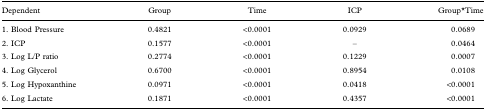
<table><thead><tr><td><b>Dependent</b></td><td><b>Group</b></td><td><b>Time</b></td><td><b>ICP</b></td><td><b>Group*Time</b></td></tr></thead><tbody><tr><td>1. Blood Pressure</td><td>0.4821</td><td>&lt;0.0001</td><td>0.0929</td><td>0.0689</td></tr><tr><td>2. ICP</td><td>0.1577</td><td>&lt;0.0001</td><td>–</td><td>0.0464</td></tr><tr><td>3. Log L/P ratio</td><td>0.2774</td><td>&lt;0.0001</td><td>0.1229</td><td>0.0007</td></tr><tr><td>4. Log Glycerol</td><td>0.6700</td><td>&lt;0.0001</td><td>0.8954</td><td>0.0108</td></tr><tr><td>5. Log Hypoxanthine</td><td>0.0971</td><td>&lt;0.0001</td><td>0.0418</td><td>&lt;0.0001</td></tr><tr><td>6. Log Lactate</td><td>0.1871</td><td>&lt;0.0001</td><td>0.4357</td><td>&lt;0.0001</td></tr></tbody></table>